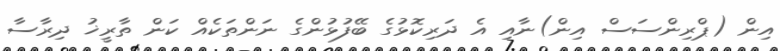
އިން (ޕްރިންސަސް އިން)ނާއި އެ ދަރިކޮޅުގެ ބޭފުޅުންގެ ނަންތަކެއް ކަން ތާރީޚު ދިރާސާ